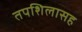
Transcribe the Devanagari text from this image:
तपशिलासह